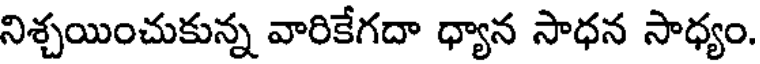
నిశ్చయించుకున్న వారికేగదా ధ్యాన సాధన సాధ్యం.